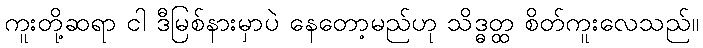
ကူးတို့ဆရာ ငါ ဒီမြစ်နားမှာပဲ နေတော့မည်ဟု သိဒ္ဓတ္ထ စိတ်ကူးလေသည်။